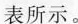
表所示。